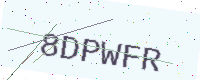
Text: 8DPWFR